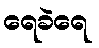
ရေခဲရေ